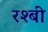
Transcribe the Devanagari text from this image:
रश्बी